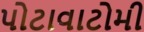
પોટાવાટોમી